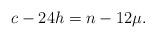
LaTeX: \begin{align*} c-24h=n-12\mu. \end{align*}